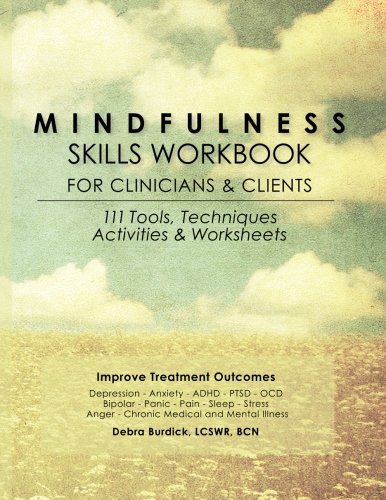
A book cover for Mindfulness Skills Workbook for Clinicians and Clients: 111 Tools, Techniques, Activities & Worksheets; Debra Burdick; Medical Books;